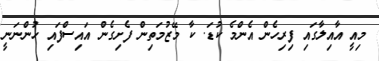
މިއީ އާއިލާގައި ފިރިހެން އެންމެ ކުޑަ. ކާ މޭޒުމަތިން ފެށިގެން އައިސްފައި ހުންނަނީ